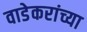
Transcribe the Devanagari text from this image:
वाडेकरांच्या